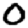
Digit: 0